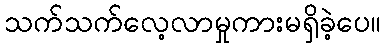
သက်သက်လေ့လာမှုကားမရှိခဲ့ပေ။